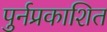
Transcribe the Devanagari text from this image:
पुर्नप्रकाशित